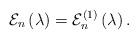
LaTeX: \begin{align*}\mathcal{E}_{n}\left( \lambda \right) =\mathcal{E}_{n}^{\left( 1\right)}\left( \lambda \right).\end{align*}